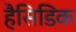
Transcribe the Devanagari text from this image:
हैसिडिक